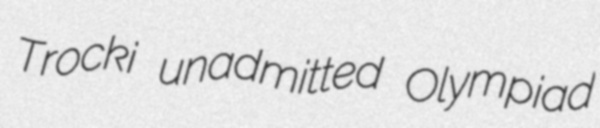
Trocki unadmitted Olympiad